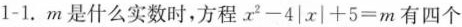
1-1.m是件么实数时,方程$$x^{2}-4|x|+5=m$$三有四个